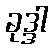
ခုဒ္ဒါ